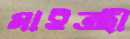
মাইন্ত্রী